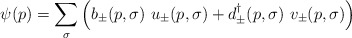
\begin{align*}\psi (p)=\sum_\sigma \left( b_\pm (p,\sigma )\ u_\pm (p,\sigma )+d^\dagger_\pm(p,\sigma )\ v_\pm (p,\sigma )\right)\end{align*}